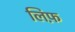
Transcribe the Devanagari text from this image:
लिफ़